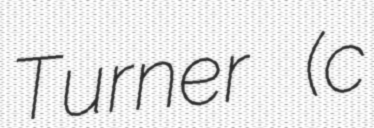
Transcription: Turner (c